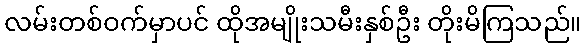
လမ်းတစ်ဝက်မှာပင် ထိုအမျိုးသမီးနှစ်ဦး တိုးမိကြသည်။